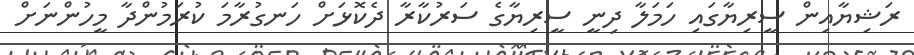
ރަޝިޔާއިން ސީރިޔާގައި ހަމަލާ ދިނީ ސީރިޔާގެ ސަރުކާރާ ދެކޮޅަށް ހަނގުރާމަ ކުރަމުންދާ މީހުންނަށް